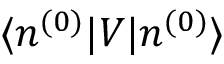
\langle n ^ { ( 0 ) } | V | n ^ { ( 0 ) } \rangle